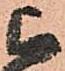
被